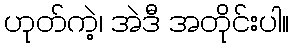
ဟုတ်ကဲ့၊ အဲဒီ အတိုင်းပါ။